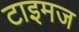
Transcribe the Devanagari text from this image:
टाइमज